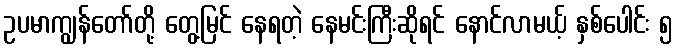
ဥပမာကျွန်တော်တို့ တွေ့မြင် နေရတဲ့ နေမင်းကြီးဆိုရင် နောင်လာမယ့် နှစ်ပေါင်း ၅